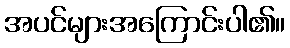
အပင်များအကြောင်းပါ၏။